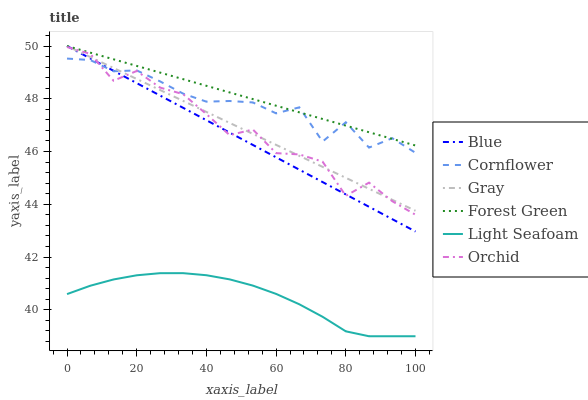
| xaxis_label | Blue | Cornflower | Gray | Forest Green | Light Seafoam | Orchid |
 | --- | --- | --- | --- | --- | --- | --- |
 | 0 | 50 | 49.5 | 50 | 50 | 40.6 | 50 |
 | 6.67 | 49.5 | 49.5 | 49.6 | 49.7 | 40.9 | 49.7 |
 | 13.3 | 49.1 | 49 | 49.2 | 49.5 | 41.2 | 48.7 |
 | 20 | 48.6 | 49.1 | 48.8 | 49.2 | 41.3 | 49.1 |
 | 26.7 | 48.1 | 48.7 | 48.3 | 49 | 41.4 | 48.4 |
 | 33.3 | 47.7 | 48.2 | 47.9 | 48.7 | 41.4 | 48.2 |
 | 40 | 47.2 | 47.9 | 47.5 | 48.5 | 41.3 | 47.4 |
 | 46.7 | 46.7 | 47.9 | 47.1 | 48.2 | 41.2 | 46.6 |
 | 53.3 | 46.3 | 47.9 | 46.7 | 48 | 40.9 | 46.8 |
 | 60 | 45.8 | 47.4 | 46.3 | 47.7 | 40.6 | 45.9 |
 | 66.7 | 45.3 | 47.7 | 45.8 | 47.5 | 40.2 | 45.9 |
 | 73.3 | 44.8 | 46.4 | 45.4 | 47.2 | 39.7 | 45.6 |
 | 80 | 44.4 | 47.1 | 45 | 47 | 39.2 | 44.3 |
 | 86.7 | 43.9 | 46.2 | 44.6 | 46.7 | 39 | 44.8 |
 | 93.3 | 43.4 | 46.5 | 44.2 | 46.5 | 39 | 44.1 |
 | 100 | 43 | 46 | 43.8 | 46.2 | 39 | 43.6 |